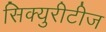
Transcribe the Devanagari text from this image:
सिक्युरीटीज